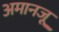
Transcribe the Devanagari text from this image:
अमानजू